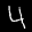
Label: 4